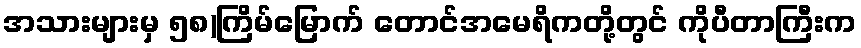
အသားများမှ ၅၈)ကြိမ်မြောက် တောင်အမေရိကတို့တွင် ကိုပီတာကြီးက